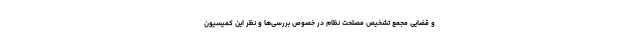
و قضایی مجمع تشخیص مصلحت نظام در خصوص بررسی‌ها و نظر این کمیسیون